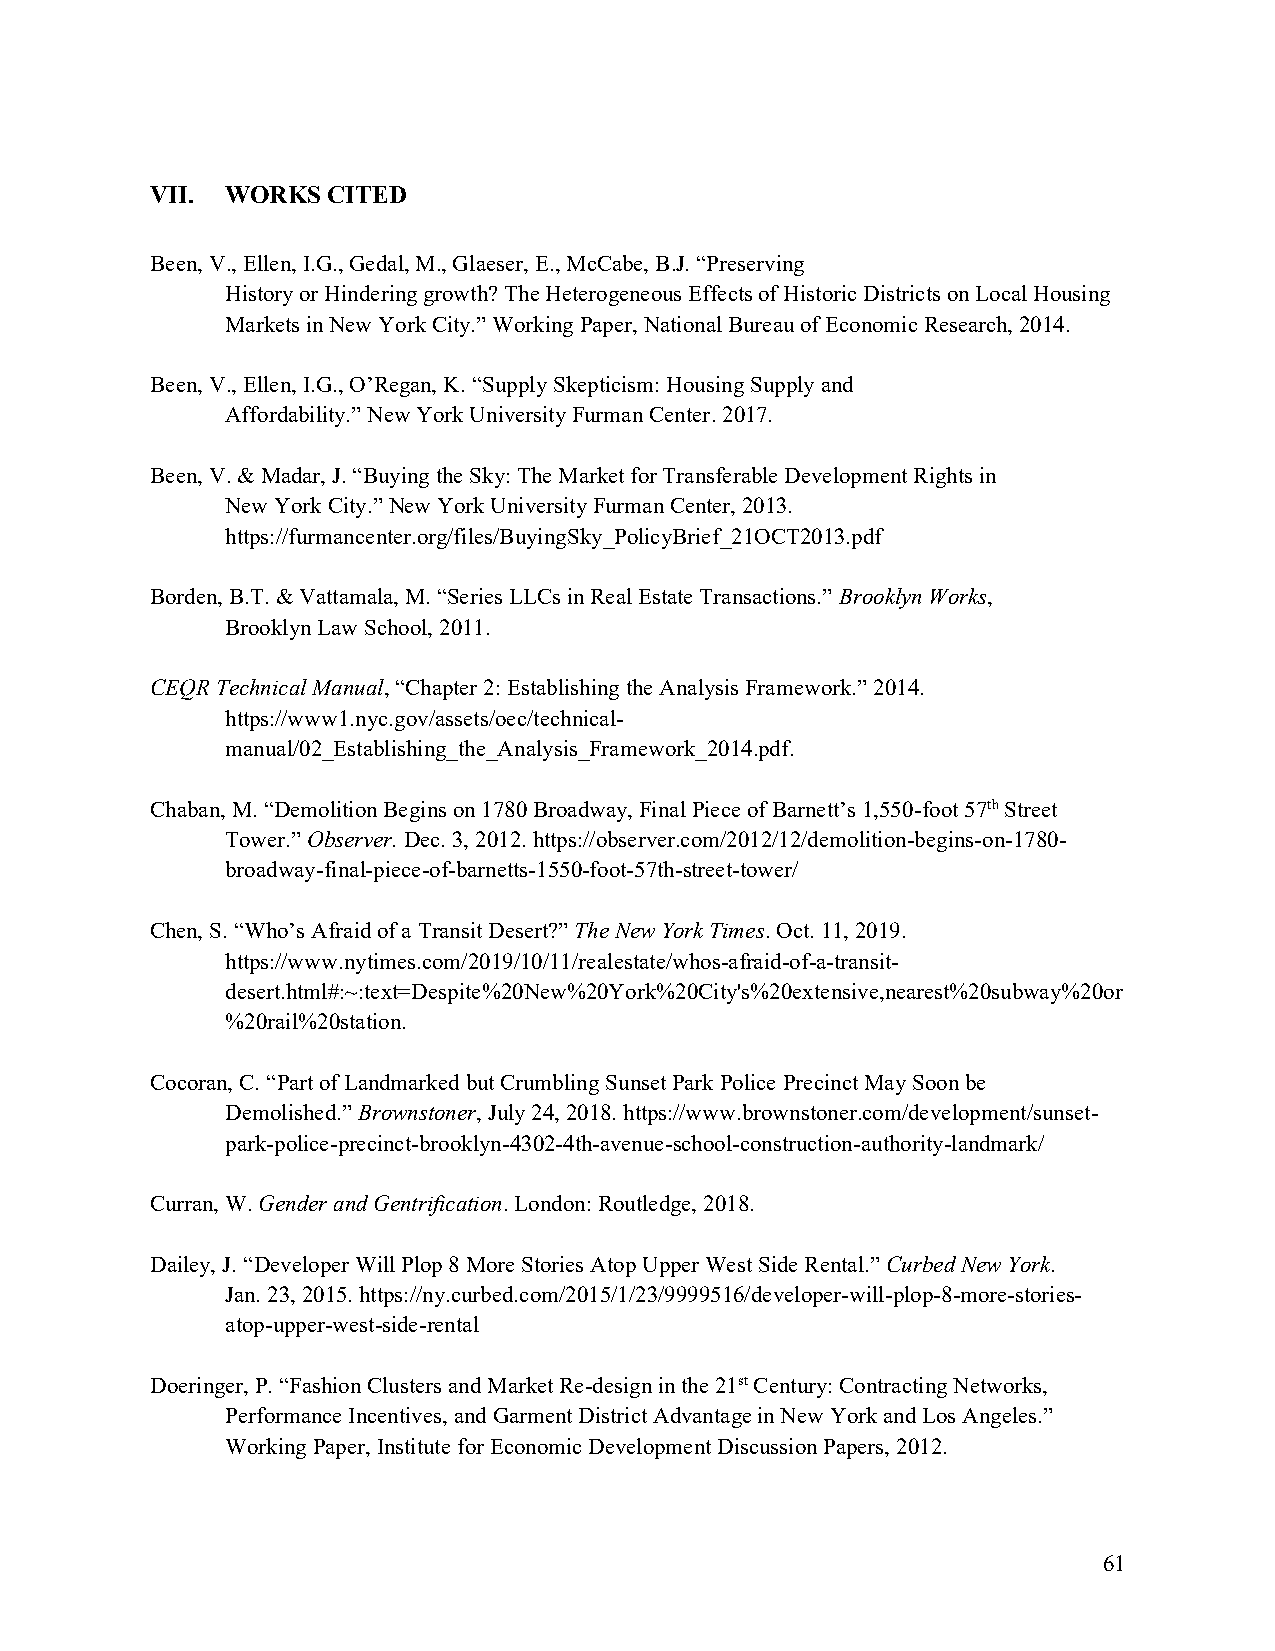
VII. WORKS  CITED
 Been, V., Ellen, I.G., Gedal, M., Glaeser, E., McCabe, B.J. “Preserving
 History or Hindering growth? The Heterogeneous Effects of Historic Districts on Local Housing
 Markets in New York City.” Working Paper, National Bureau of Economic Research, 2014.
 Been, V., Ellen, I.G., O’Regan, K. “Supply Skepticism: Housing Supply and
 Affordability.” New York University Furman Center. 2017.
 Been, V. & Madar, J. “Buying the Sky: The Market for Transferable Development Rights in
 New York City.” New York University Furman Center, 2013.
 https://furmancenter.org/files/BuyingSky_PolicyBrief_21OCT2013.pdf
 Borden, B.T. & Vattamala, M. “Series LLCs in Real Estate Transactions.” Brooklyn Works,
 Brooklyn Law School, 2011.
 CEQR Technical Manual, “Chapter 2: Establishing the Analysis Framework.” 2014.
 https://www1.nyc.gov/assets/oec/technical-
 manual/02_Establishing_the_Analysis_Framework_2014.pdf.
 Chaban, M. “Demolition Begins on 1780 Broadway, Final Piece of Barnett’s 1,550-foot 57th Street
 Tower.” Observer. Dec. 3, 2012. https://observer.com/2012/12/demolition-begins-on-1780-
 broadway-final-piece-of-barnetts-1550-foot-57th-street-tower/
 Chen, S. “Who’s Afraid of a Transit Desert?” The New York Times. Oct. 11, 2019.
 https://www.nytimes.com/2019/10/11/realestate/whos-afraid-of-a-transit-
 desert.html#:~:text=Despite%20New%20York%20City's%20extensive,nearest%20subway%20or
 %20rail%20station.
 Cocoran, C. “Part of Landmarked but Crumbling Sunset Park Police Precinct May Soon be
 Demolished.” Brownstoner, July 24, 2018. https://www.brownstoner.com/development/sunset-
 park-police-precinct-brooklyn-4302-4th-avenue-school-construction-authority-landmark/
 Curran, W. Gender and Gentrification. London: Routledge, 2018.
 Dailey, J. “Developer Will Plop 8 More Stories Atop Upper West Side Rental.” Curbed New York.
 Jan. 23, 2015. https://ny.curbed.com/2015/1/23/9999516/developer-will-plop-8-more-stories-
 atop-upper-west-side-rental
 Doeringer, P. “Fashion Clusters and Market Re-design in the 21st Century: Contracting Networks,
 Performance Incentives, and Garment District Advantage in New York and Los Angeles.”
 Working Paper, Institute for Economic Development Discussion Papers, 2012.
 61